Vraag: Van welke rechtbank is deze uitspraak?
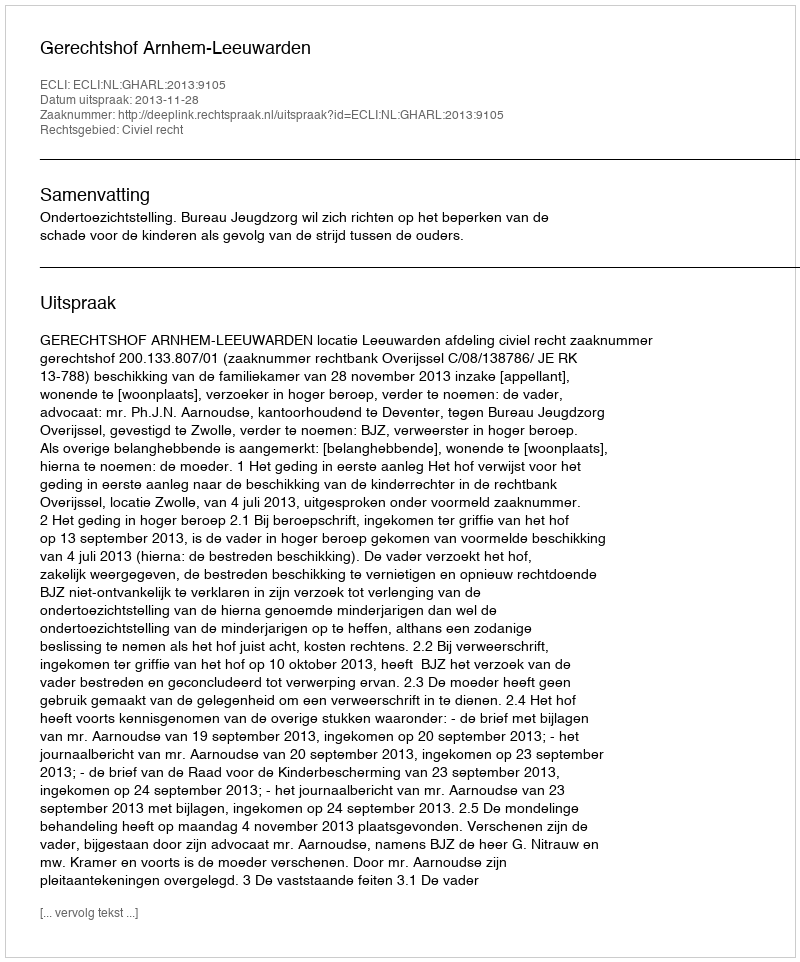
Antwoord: Gerechtshof Arnhem-Leeuwarden